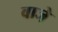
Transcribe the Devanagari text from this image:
वाजे़